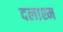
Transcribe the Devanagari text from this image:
दलाश्म